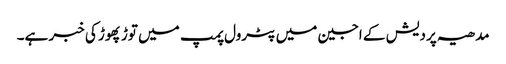
مدھیہ پردیش کے اجین میں پٹرول پمپ میں توڑ پھوڑ کی خبر ہے۔